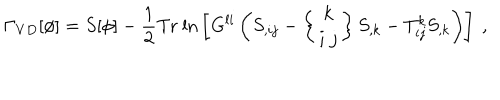
\Gamma _ { V D } [ \phi ] = S [ \phi ] - \frac { 1 } { 2 } \mathrm { T r \ l n } \left[ G ^ { l i } \left( S _ { , i j } - \left\{ \begin{array} { c } { { k } } \\ { { i \ j } } \\ \end{array} \right\} S _ { , k } - T _ { i j } ^ { k } S _ { , k } \right) \right] \ ,